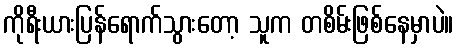
ကိုရီးယားပြန်ရောက်သွားတော့ သူက တစိမ်းဖြစ်နေမှာပဲ။